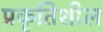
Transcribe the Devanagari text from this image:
प्रकृतिशील